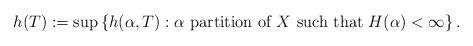
LaTeX: \begin{align*} h(T) := \sup\left\{h(\alpha, T): \alpha \mbox{ partition of } X \mbox{ such that } H(\alpha)< \infty\right\}.\end{align*}